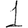
Digit: 1